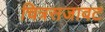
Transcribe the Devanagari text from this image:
चित्रसजावट